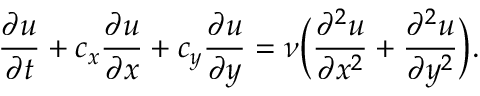
\frac { \partial u } { \partial t } + c _ { x } \frac { \partial u } { \partial x } + c _ { y } \frac { \partial u } { \partial y } = \nu \Big ( \frac { \partial ^ { 2 } u } { \partial x ^ { 2 } } + \frac { \partial ^ { 2 } u } { \partial y ^ { 2 } } \Big ) .